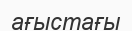
ағыстағы